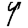
Digit: 9